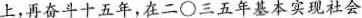
上，再奋斗十五年，在二○三五年基本实现社会